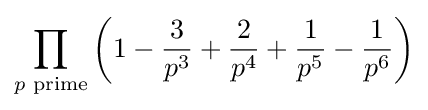
\prod _{p{\text{ prime}}}\left(1-{\frac {3}{p^{3}}}+{\frac {2}{p^{4}}}+{\frac {1}{p^{5}}}-{\frac {1}{p^{6}}}\right)